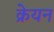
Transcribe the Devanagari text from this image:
क्रेयन